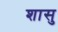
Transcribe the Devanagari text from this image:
शासु